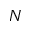
N